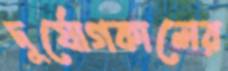
দুর্যোগকালের